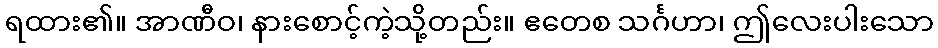
ရထား၏။ အာဏီဝ၊ နားစောင့်ကဲ့သို့တည်း။ ဧတေစ သင်္ဂဟာ၊ ဤလေးပါးသော